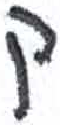
אות: ק